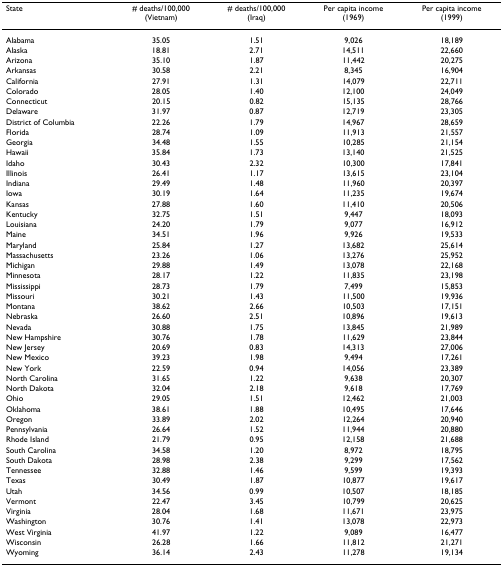
<table><thead><tr><td><b>State</b></td><td><b># deaths/100,000(Vietnam)</b></td><td><b># deaths/100,000(Iraq)</b></td><td><b>Per capita income(1969)</b></td><td><b>Per capita income(1999)</b></td></tr></thead><tbody><tr><td>Alabama</td><td>35.05</td><td>1.51</td><td>9,026</td><td>18,189</td></tr><tr><td>Alaska</td><td>18.81</td><td>2.71</td><td>14,511</td><td>22,660</td></tr><tr><td>Arizona</td><td>35.10</td><td>1.87</td><td>11,442</td><td>20,275</td></tr><tr><td>Arkansas</td><td>30.58</td><td>2.21</td><td>8,345</td><td>16,904</td></tr><tr><td>California</td><td>27.91</td><td>1.31</td><td>14,079</td><td>22,711</td></tr><tr><td>Colorado</td><td>28.05</td><td>1.40</td><td>12,100</td><td>24,049</td></tr><tr><td>Connecticut</td><td>20.15</td><td>0.82</td><td>15,135</td><td>28,766</td></tr><tr><td>Delaware</td><td>31.97</td><td>0.87</td><td>12,719</td><td>23,305</td></tr><tr><td>District of Columbia</td><td>22.26</td><td>1.79</td><td>14,967</td><td>28,659</td></tr><tr><td>Florida</td><td>28.74</td><td>1.09</td><td>11,913</td><td>21,557</td></tr><tr><td>Georgia</td><td>34.48</td><td>1.55</td><td>10,285</td><td>21,154</td></tr><tr><td>Hawaii</td><td>35.84</td><td>1.73</td><td>13,140</td><td>21,525</td></tr><tr><td>Idaho</td><td>30.43</td><td>2.32</td><td>10,300</td><td>17,841</td></tr><tr><td>Illinois</td><td>26.41</td><td>1.17</td><td>13,615</td><td>23,104</td></tr><tr><td>Indiana</td><td>29.49</td><td>1.48</td><td>11,960</td><td>20,397</td></tr><tr><td>Iowa</td><td>30.19</td><td>1.64</td><td>11,235</td><td>19,674</td></tr><tr><td>Kansas</td><td>27.88</td><td>1.60</td><td>11,410</td><td>20,506</td></tr><tr><td>Kentucky</td><td>32.75</td><td>1.51</td><td>9,447</td><td>18,093</td></tr><tr><td>Louisiana</td><td>24.20</td><td>1.79</td><td>9,077</td><td>16,912</td></tr><tr><td>Maine</td><td>34.51</td><td>1.96</td><td>9,926</td><td>19,533</td></tr><tr><td>Maryland</td><td>25.84</td><td>1.27</td><td>13,682</td><td>25,614</td></tr><tr><td>Massachusetts</td><td>23.26</td><td>1.06</td><td>13,276</td><td>25,952</td></tr><tr><td>Michigan</td><td>29.88</td><td>1.49</td><td>13,078</td><td>22,168</td></tr><tr><td>Minnesota</td><td>28.17</td><td>1.22</td><td>11,835</td><td>23,198</td></tr><tr><td>Mississippi</td><td>28.73</td><td>1.79</td><td>7,499</td><td>15,853</td></tr><tr><td>Missouri</td><td>30.21</td><td>1.43</td><td>11,500</td><td>19,936</td></tr><tr><td>Montana</td><td>38.62</td><td>2.66</td><td>10,503</td><td>17,151</td></tr><tr><td>Nebraska</td><td>26.60</td><td>2.51</td><td>10,896</td><td>19,613</td></tr><tr><td>Nevada</td><td>30.88</td><td>1.75</td><td>13,845</td><td>21,989</td></tr><tr><td>New Hampshire</td><td>30.76</td><td>1.78</td><td>11,629</td><td>23,844</td></tr><tr><td>New Jersey</td><td>20.69</td><td>0.83</td><td>14,313</td><td>27,006</td></tr><tr><td>New Mexico</td><td>39.23</td><td>1.98</td><td>9,494</td><td>17,261</td></tr><tr><td>New York</td><td>22.59</td><td>0.94</td><td>14,056</td><td>23,389</td></tr><tr><td>North Carolina</td><td>31.65</td><td>1.22</td><td>9,638</td><td>20,307</td></tr><tr><td>North Dakota</td><td>32.04</td><td>2.18</td><td>9,618</td><td>17,769</td></tr><tr><td>Ohio</td><td>29.05</td><td>1.51</td><td>12,462</td><td>21,003</td></tr><tr><td>Oklahoma</td><td>38.61</td><td>1.88</td><td>10,495</td><td>17,646</td></tr><tr><td>Oregon</td><td>33.89</td><td>2.02</td><td>12,264</td><td>20,940</td></tr><tr><td>Pennsylvania</td><td>26.64</td><td>1.52</td><td>11,944</td><td>20,880</td></tr><tr><td>Rhode Island</td><td>21.79</td><td>0.95</td><td>12,158</td><td>21,688</td></tr><tr><td>South Carolina</td><td>34.58</td><td>1.20</td><td>8,972</td><td>18,795</td></tr><tr><td>South Dakota</td><td>28.98</td><td>2.38</td><td>9,299</td><td>17,562</td></tr><tr><td>Tennessee</td><td>32.88</td><td>1.46</td><td>9,599</td><td>19,393</td></tr><tr><td>Texas</td><td>30.49</td><td>1.87</td><td>10,877</td><td>19,617</td></tr><tr><td>Utah</td><td>34.56</td><td>0.99</td><td>10,507</td><td>18,185</td></tr><tr><td>Vermont</td><td>22.47</td><td>3.45</td><td>10,799</td><td>20,625</td></tr><tr><td>Virginia</td><td>28.04</td><td>1.68</td><td>11,671</td><td>23,975</td></tr><tr><td>Washington</td><td>30.76</td><td>1.41</td><td>13,078</td><td>22,973</td></tr><tr><td>West Virginia</td><td>41.97</td><td>1.22</td><td>9,089</td><td>16,477</td></tr><tr><td>Wisconsin</td><td>26.28</td><td>1.66</td><td>11,812</td><td>21,271</td></tr><tr><td>Wyoming</td><td>36.14</td><td>2.43</td><td>11,278</td><td>19,134</td></tr></tbody></table>